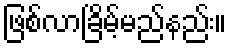
ဖြစ်လာခြိမ့်မည်နည်း။